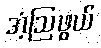
အံ့ဩဖွယ်